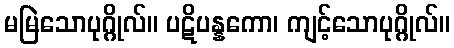
မမြဲသောပုဂ္ဂိုလ်။ ပဋိပန္နကော၊ ကျင့်သောပုဂ္ဂိုလ်။